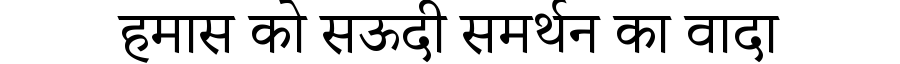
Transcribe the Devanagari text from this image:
हमास को सऊदी समर्थन का वादा